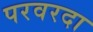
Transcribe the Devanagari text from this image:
परवरदा